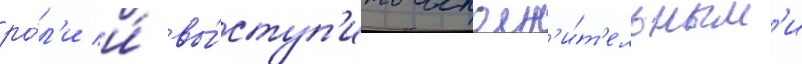
ро́л'и и́ вы́ступ'ить исполн'и́т'ельным'и